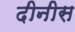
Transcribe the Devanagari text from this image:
दीनीस